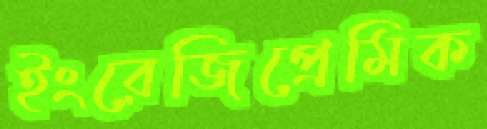
ইংরেজিপ্রেমিক